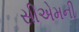
સીએમની